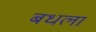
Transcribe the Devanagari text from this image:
बधला